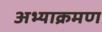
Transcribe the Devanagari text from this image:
अभ्याक्रमण